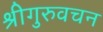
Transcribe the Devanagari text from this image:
श्रीगुरुवचन